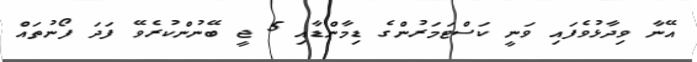
އޭނާ ވިދާޅުވެފައި ވަނީ ކަސްޓަމަރުންގެ ޑިމާންޑާއި 5 ޖީ ބޭނުންކުރެވޭ ފަދަ ފޯނުތައް